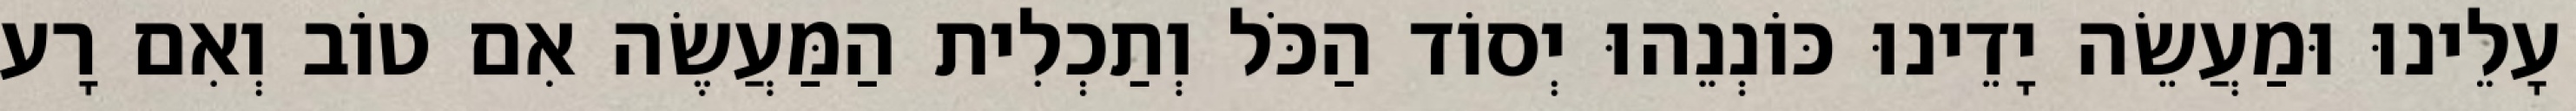
עָלֵינוּ וּמַעֲשֵׂה יָדֵינוּ כּוֹנְנֵהוּ יְסוֹד הַכֹּל וְתַכְלִית הַמַּעֲשֶׂה אִם טוֹב וְאִם רָע